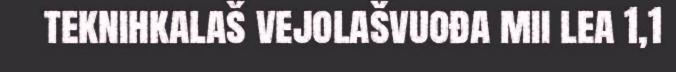
teknihkalaš vejolašvuođa mii lea 1,1